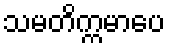
သမတိက္ကမာပေ